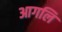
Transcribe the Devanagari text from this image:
आगलि